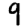
Digit: 9